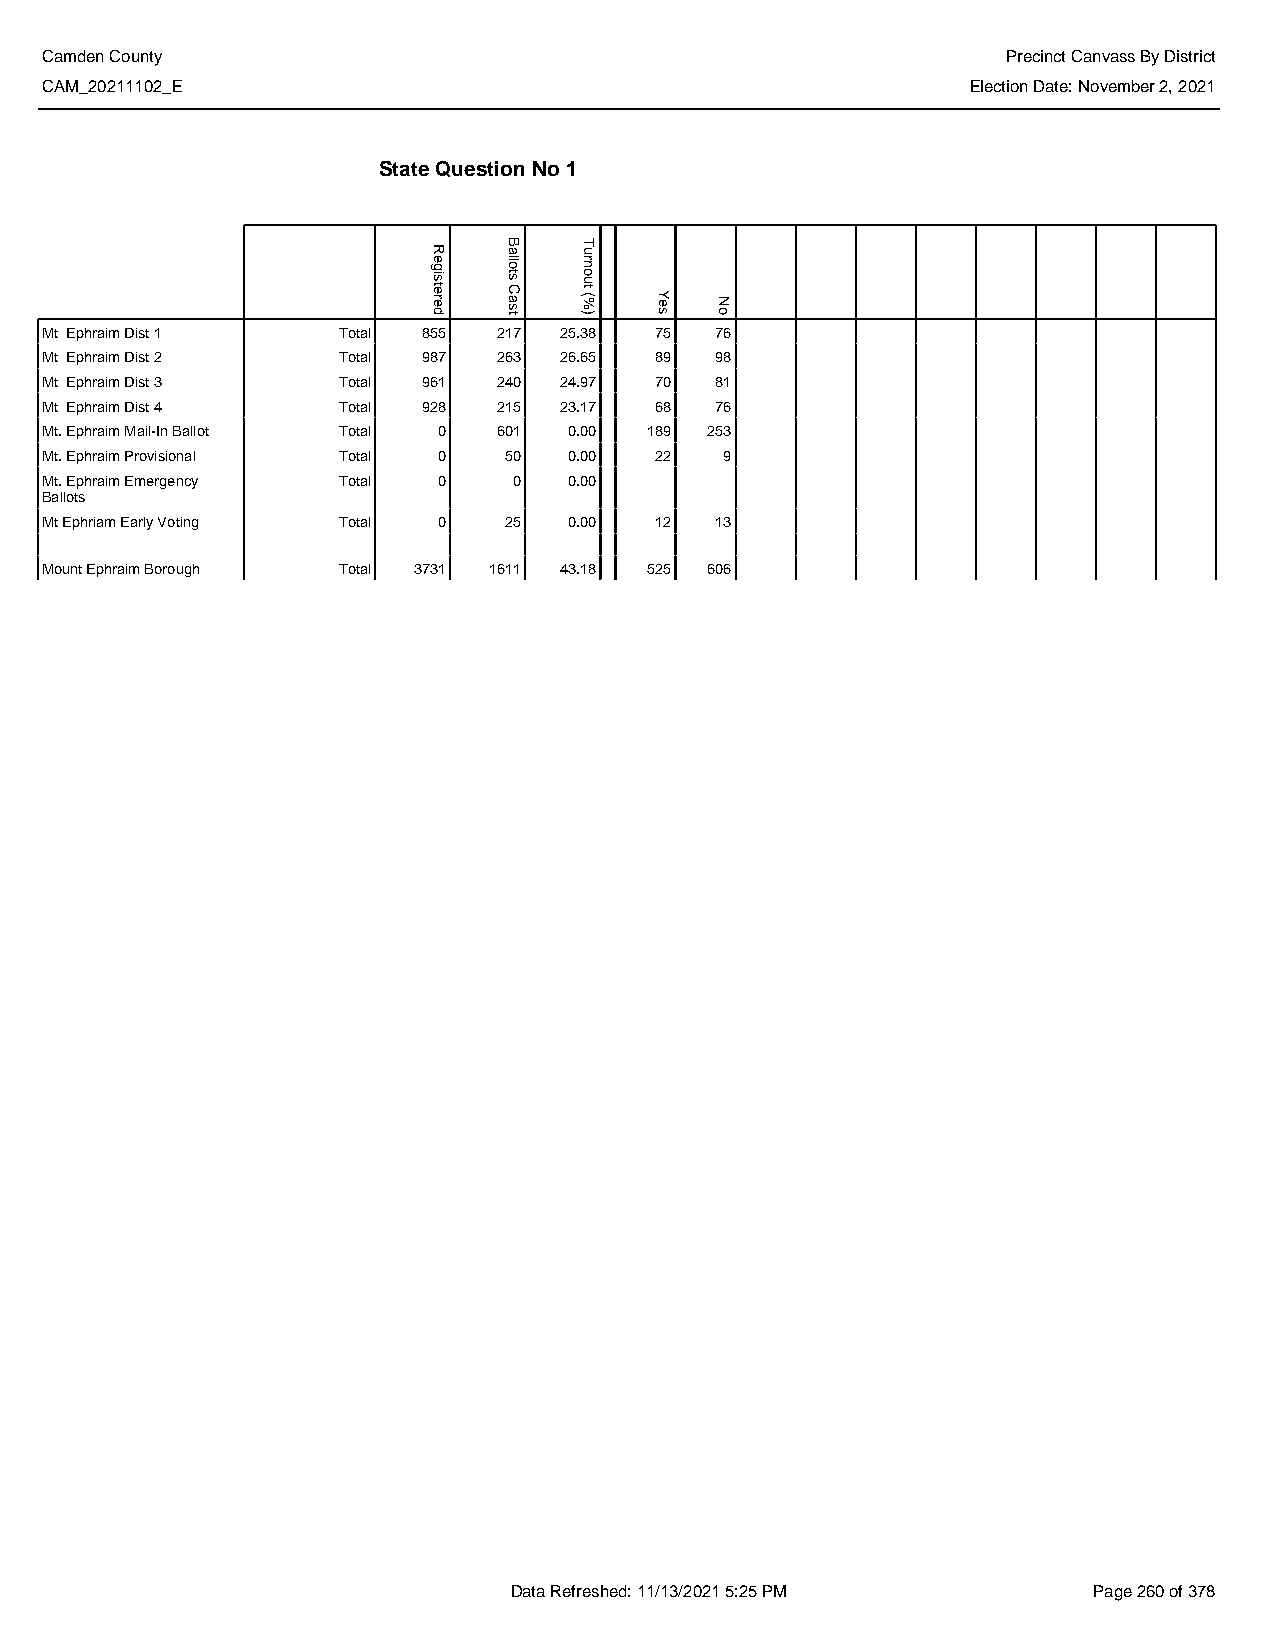
Camden County                                                   Precinct Canvass By District
 CAM_20211102_E                                               Election Date: November 2, 2021
 State Question No 1
 Mt Ephraim Dist 1  Total 855  217 25.38 75  76
 Mt Ephraim Dist 2  Total 987  263 26.65 89  98
 Mt Ephraim Dist 3  Total 961  240 24.97 70  81
 Mt Ephraim Dist 4  Total 928  215 23.17 68  76
 Mt. Ephraim Mail-In Ballot Total 0 601 0.00 189 253
 Mt. Ephraim Provisional Total 0 50 0.00 22   9
 Mt. Ephraim Emergency Total 0  0   0.00
 Ballots
 Mt Ephriam Early Voting Total 0 25 0.00 12  13
 Mount Ephraim Borough Total 3731 1611 43.18 525 606
 Data Refreshed: 11/13/2021 5:25 PM    Page 260 of 378
 Registered
 Ballots
 Cast
 Turnout
 (%)  Yes No